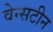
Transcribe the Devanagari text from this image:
वेन्सटीन